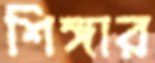
শিঙ্গার